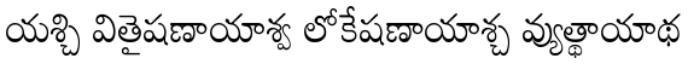
యశ్చి వితైషణాయాశ్వ లోకేషణాయాశ్చ వ్యుత్థాయాథ